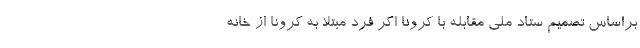
براساس تصمیم ستاد ملی مقابله با کرونا اگر فرد مبتلا به کرونا از خانه